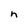
Character: n